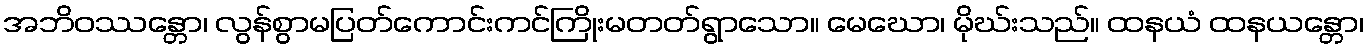
အဘိဝဿန္တော၊ လွန်စွာမပြတ်ကောင်းကင်ကြိုးမတတ်ရွာသော။ မေဃော၊ မိုဃ်းသည်။ ထနယံ ထနယန္တော၊